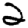
Digit: 2